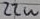
Text: 22u